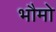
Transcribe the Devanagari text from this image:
भौमो